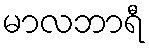
မာလဘာရီ